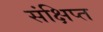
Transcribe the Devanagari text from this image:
संक्षिप्‍त